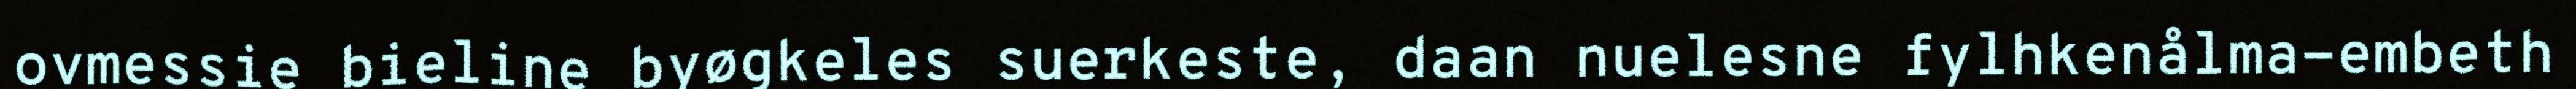
ovmessie bieline byøgkeles suerkeste, daan nuelesne fylhkenålma-embeth